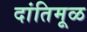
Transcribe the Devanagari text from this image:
दांतिमूळ